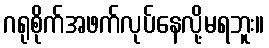
ဂရုစိုက်အဖက်လုပ်နေလို့မရဘူး။